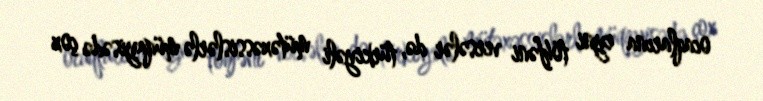
ocaqlarına eyni töhfəni versələr də, türkiyəli mütəxəssislərlə müqayisədə çox